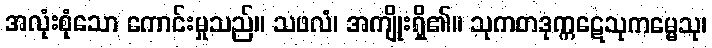
အလုံးစုံသော ကောင်းမှုသည်။ သဖလံ၊ အကျိုးရှိ၏။ သုကတဒုက္ကဋေသုကမ္မေသု၊